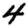
Digit: 4